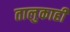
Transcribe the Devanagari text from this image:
तालुकाही